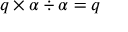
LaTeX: q \times \alpha \div \alpha = q